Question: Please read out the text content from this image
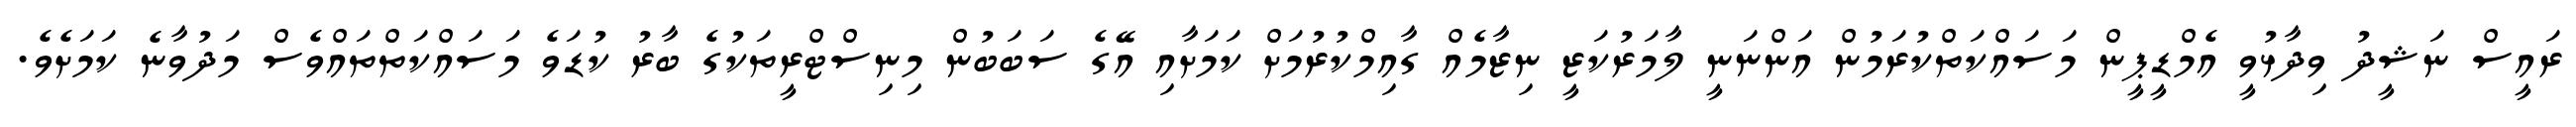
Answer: ރައީސް ނަޝީދު ވިދާޅުވީ އެމްޑީޕީން މަސައްކަތްކުރަމުން އަންނަނީ ލާމަރުކަޒީ ނިޒާމެއް ގާއިމްކުރުމަށް ކަމަށާއި އޭގެ ސަބަބުން މިނިސްޓްރީތަކުގެ ބާރު ކުޑަވެ މަސައްކަތްތައްވެސް މަދުވާނެ ކަމަށެވެ.